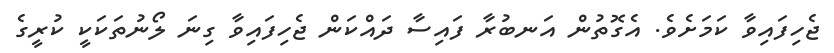
ޖެހިފައިވާ ކަމަށެވެ. އެގޮތުން އަނބުރާ ފައިސާ ދައްކަން ޖެހިފައިވާ ގިނަ ލޯނުތަކަކީ ކުރީގެ